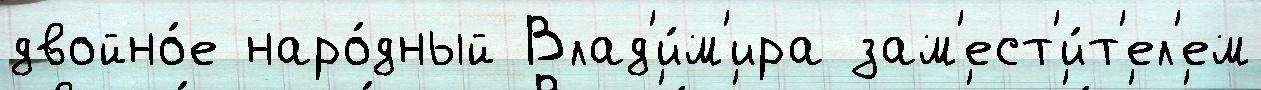
двойно́е наро́дный Влад'и́м'ира зам'ест'и́т'ел'ем